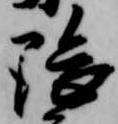
隈